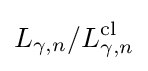
L_{\gamma ,n}/L_{\gamma ,n}^{\mathrm {cl} }